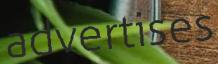
advertises